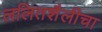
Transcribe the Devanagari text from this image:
ललितशैलीचा